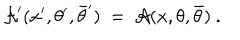
{ \cal A } ^ { \prime } ( x ^ { \prime } , \theta ^ { \prime } , \bar { \theta } ^ { \prime } ) \ = \ { \cal A } ( x , \theta , \bar { \theta } ) \ .